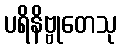
ပရိနိဗ္ဗုတေသု